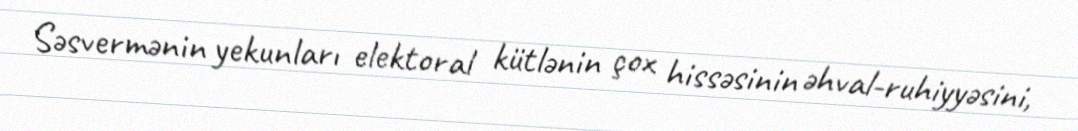
Səsvermənin yekunları elektoral kütlənin çox hissəsinin əhval-ruhiyyəsini,